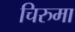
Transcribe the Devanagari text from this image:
चिरुमा